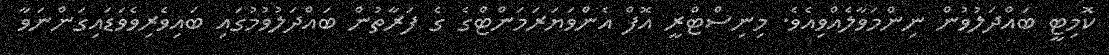
ކޮމިޓީ ބައްދަލުވުން ނިންމަވާލެއްވިއެވެ. މިނިސްޓްރީ އޮފް އެންވަޔަރަމަންޓްގެ ގެ ފަރާތުން ބައްދަލުވުމުގައި ބައިވެރިވެވަޑައިގަންނަވާ